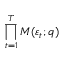
\prod _ { t = 1 } ^ { T } \boldsymbol { M } ( \varepsilon _ { t } ; \boldsymbol { q } )